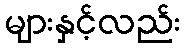
များနှင့်လည်း